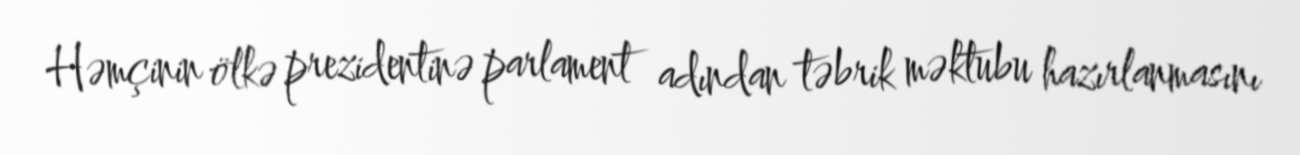
Həmçinin ölkə prezidentinə parlament adından təbrik məktubu hazırlanmasını